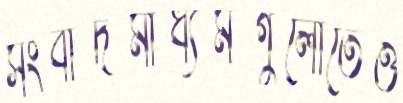
সংবাদমাধ্যমগুলোতেও